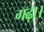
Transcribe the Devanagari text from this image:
गढ़ा।